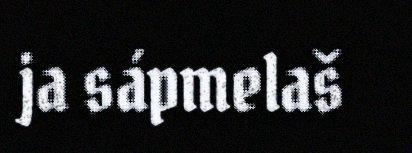
ja sápmelaš